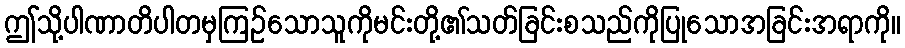
ဤသို့ပါဏာတိပါတမှကြဉ်သောသူကိုမင်းတို့၏သတ်ခြင်းစသည်ကိုပြုသောအခြင်းအရာကို။